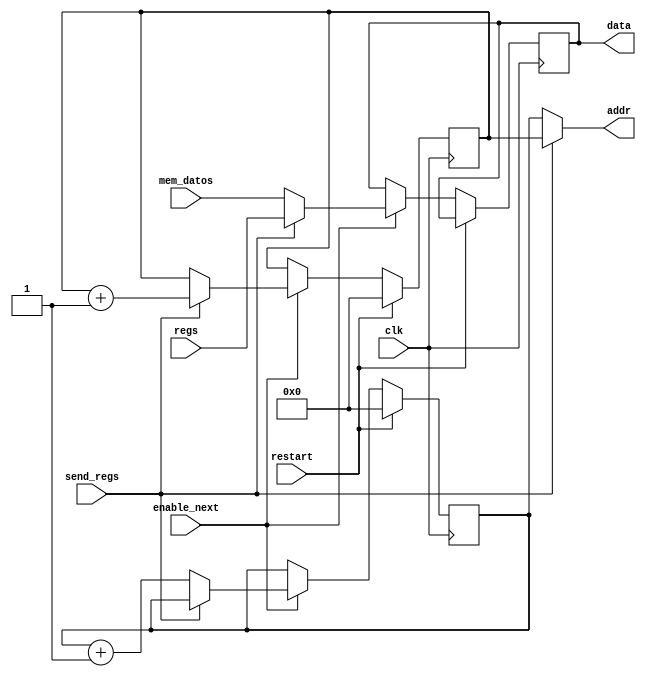
`timescale 1ns / 1ps
//////////////////////////////////////////////////////////////////////////////////
// Company: 
// Engineer: 
// 
// Design Name: 
// Module Name: recolector
// Project Name: 
// Target Devices: 
// Tool Versions: 
// Description: 
// 
// Dependencies: 
// 
// Revision:
// Revision 0.01 - File Created
// Additional Comments:
// 
//////////////////////////////////////////////////////////////////////////////////


module recolector#(
	parameter len = 32
	)(
	input clk,
	input [len-1:0] regs,
	input [len-1:0] mem_datos,
	input enable_next,
	input send_regs,
	input restart,

	output [len-1:0] addr,
	output reg [len-1:0] data
    );

	reg [len-1:0] addr_reg = 0;
	reg [len-1:0] addr_mem_datos = 0;

	assign addr = send_regs ? addr_reg : addr_mem_datos;

    always @(posedge clk) begin
    	if (restart) begin
    		addr_reg <= 0;
			addr_mem_datos <= 0;
    	end
    	else if (enable_next) begin
    		if (send_regs) begin
    			data <= regs;
    			addr_reg <= addr_reg + 1;
    		end 
    		else begin
    			data <= mem_datos;    		 	    			
    			addr_mem_datos <= addr_mem_datos + 1;
    		end
    	end
    end


endmodule